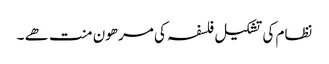
نظام کی تشکیل فلسفہ کی مرھون منت ھے ۔